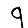
Digit: 9